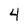
Character: 4